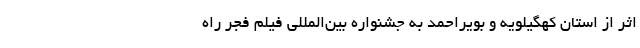
اثر از استان کهگیلویه و بویراحمد به جشنواره بین‌المللی فیلم فجر راه